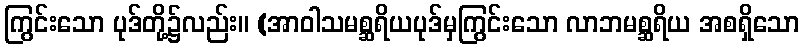
ကြွင်းသော ပုဒ်တို့၌လည်း။ (အာဝါသမစ္ဆရိယပုဒ်မှကြွင်းသော လာဘမစ္ဆရိယ အစရှိသော